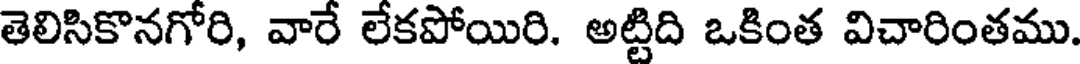
తెలిసికొనగోరి, వారే లేకపోయిరి. అట్టిది ఒకింత విచారింతము.